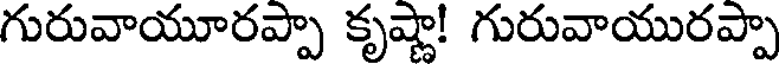
గురువాయూరప్పా కృష్ణా! గురువాయురప్పా